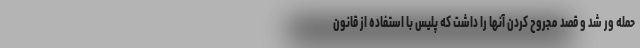
حمله ور شد و قصد مجروح کردن آنها را داشت که پلیس با استفاده از قانون